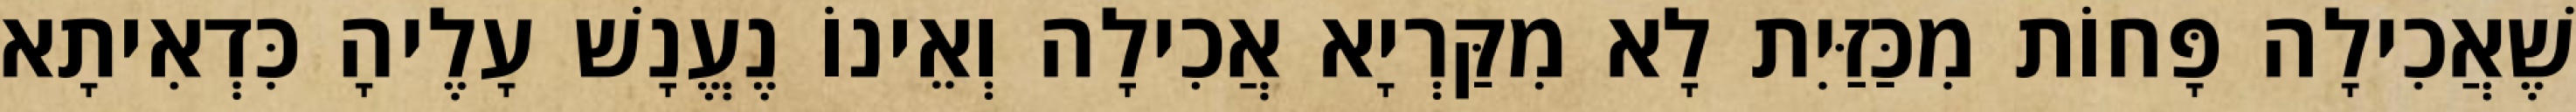
שֶׁאֲכִילָה פָּחוֹת מִכַּזַּיִת לָא מִקַּרְיָא אֲכִילָה וְאֵינוֹ נֶעֱנָשׁ עָלֶיהָ כִּדְאִיתָא